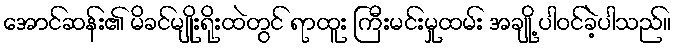
အောင်ဆန်း၏ မိခင်မျိုးရိုးထဲတွင် ရာထူး ကြီးမင်းမှုထမ်း အချို့ ပါဝင်ခဲ့ပါသည်။